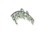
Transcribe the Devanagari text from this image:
वृतवाहिनीला